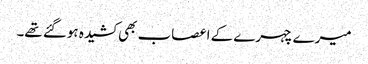
میرے چہرے کے اعصاب بھی کشیدہ ہوگئے تھے۔